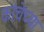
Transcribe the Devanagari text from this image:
कांचेच्या